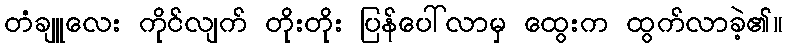
တံချူလေး ကိုင်လျက် တိုးတိုး ပြန်ပေါ်လာမှ ထွေးက ထွက်လာခဲ့၏။